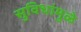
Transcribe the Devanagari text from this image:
सुविधांमुळे